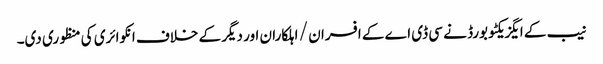
نیب کے ایگزیکٹو بورڈ نے سی ڈی اے کے افسران / اہلکاران اور دیگر کے خلاف انکوائری کی منظوری دی۔